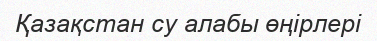
Қазақстан су алабы өңірлері